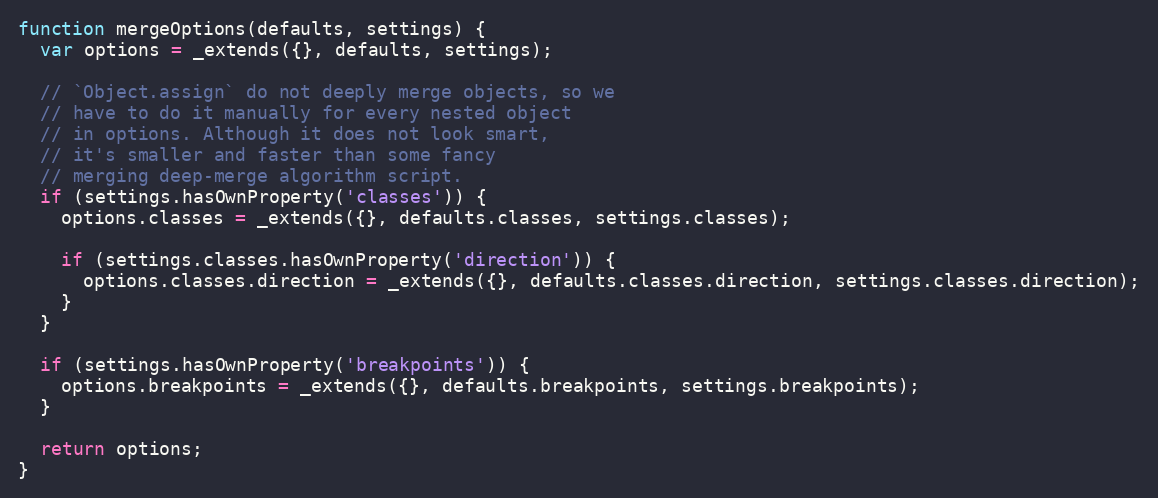
Language: JavaScript
function mergeOptions(defaults, settings) {
  var options = _extends({}, defaults, settings);

  // `Object.assign` do not deeply merge objects, so we
  // have to do it manually for every nested object
  // in options. Although it does not look smart,
  // it's smaller and faster than some fancy
  // merging deep-merge algorithm script.
  if (settings.hasOwnProperty('classes')) {
    options.classes = _extends({}, defaults.classes, settings.classes);

    if (settings.classes.hasOwnProperty('direction')) {
      options.classes.direction = _extends({}, defaults.classes.direction, settings.classes.direction);
    }
  }

  if (settings.hasOwnProperty('breakpoints')) {
    options.breakpoints = _extends({}, defaults.breakpoints, settings.breakpoints);
  }

  return options;
}